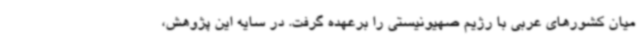
میان کشورهای عربی با رژیم صهیونیستی را برعهده گرفت. در سایه این پژوهش،